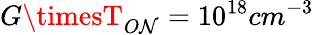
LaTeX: G\timesT_{O\mathcal{N}}=10^{18}cm^{-3}